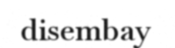
disembay